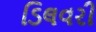
ડિલવરી